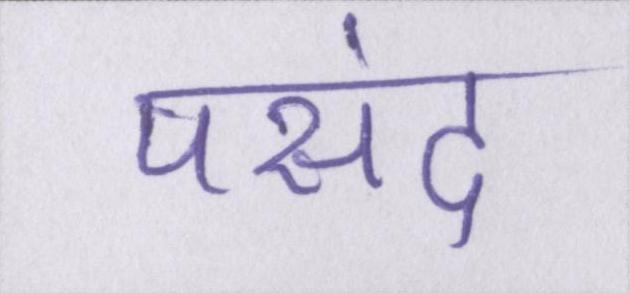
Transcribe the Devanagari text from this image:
पसंद